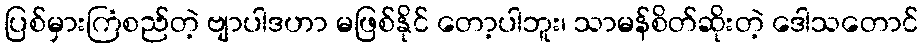
ပြစ်မှားကြံစည်တဲ့ ဗျာပါဒဟာ မဖြစ်နိုင် တော့ပါဘူး၊ သာမန်စိတ်ဆိုးတဲ့ ဒေါသတောင်